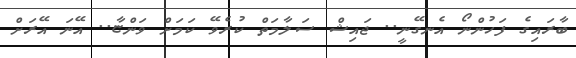
ބާރައިގެ ފަހުންނޯ އެނގޭނީ.. ޖައިޝް ސަލާމަތް ކުރެވޭ ކަމަށް ވަންޏާ.. އޭނަ އޭރަށް